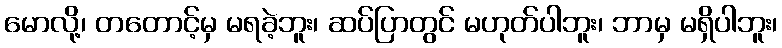
မောလို့၊ တတောင့်မှ မရခဲ့ဘူး၊ ဆပ်ပြာတွင် မဟုတ်ပါဘူး၊ ဘာမှ မရှိပါဘူး၊